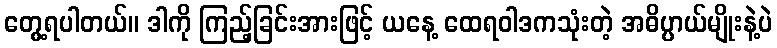
တွေ့ရပါတယ်။ ဒါကို ကြည့်ခြင်းအားဖြင့် ယနေ့ ထေရဝါဒကသုံးတဲ့ အဓိပ္ပာယ်မျိုးနဲ့ပဲ